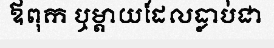
ឪពុក ឬម្តាយដែលធ្លាប់ជា